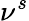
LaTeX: \nu^{s}